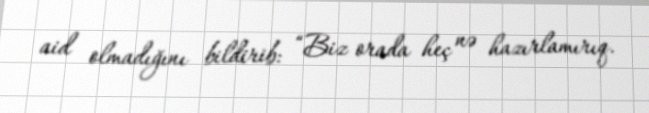
aid olmadığını bildirib: “Biz orada heç nə hazırlamırıq.